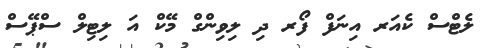
ލެޓްސް ކެއަރ އިނަފް ފޯރ ދި ލިވިންގް މޭކް އަ ލިޓިލް ސްޕޭސް